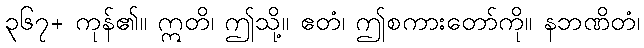
၃၆၇+ ကုန်၏။ ဣတိ၊ ဤသို့။ ဧတံ၊ ဤစကားတော်ကို။ နဘဏိတံ၊